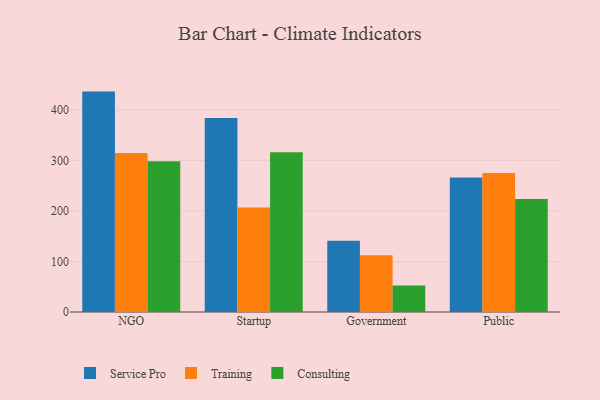
{"axis": {"x": "Segment", "y": "Page Views"}, "legend": ["Consulting", "Service Pro", "Training"], "data": [{"x": "NGO", "y": 436.3, "type": "Service Pro"}, {"x": "NGO", "y": 314.6, "type": "Training"}, {"x": "NGO", "y": 298.5, "type": "Consulting"}, {"x": "Startup", "y": 383.8, "type": "Service Pro"}, {"x": "Startup", "y": 207.1, "type": "Training"}, {"x": "Startup", "y": 316.0, "type": "Consulting"}, {"x": "Government", "y": 141.1, "type": "Service Pro"}, {"x": "Government", "y": 112.3, "type": "Training"}, {"x": "Government", "y": 52.7, "type": "Consulting"}, {"x": "Public", "y": 266.3, "type": "Service Pro"}, {"x": "Public", "y": 275.2, "type": "Training"}, {"x": "Public", "y": 223.9, "type": "Consulting"}]}